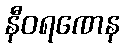
နီဝရဏေန